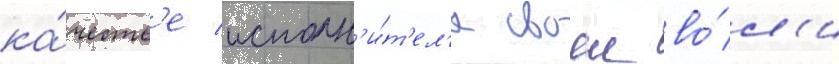
ка́честв'е исполн'и́т'ел'я своеи во́л'и